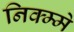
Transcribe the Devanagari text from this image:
निक्म्मे